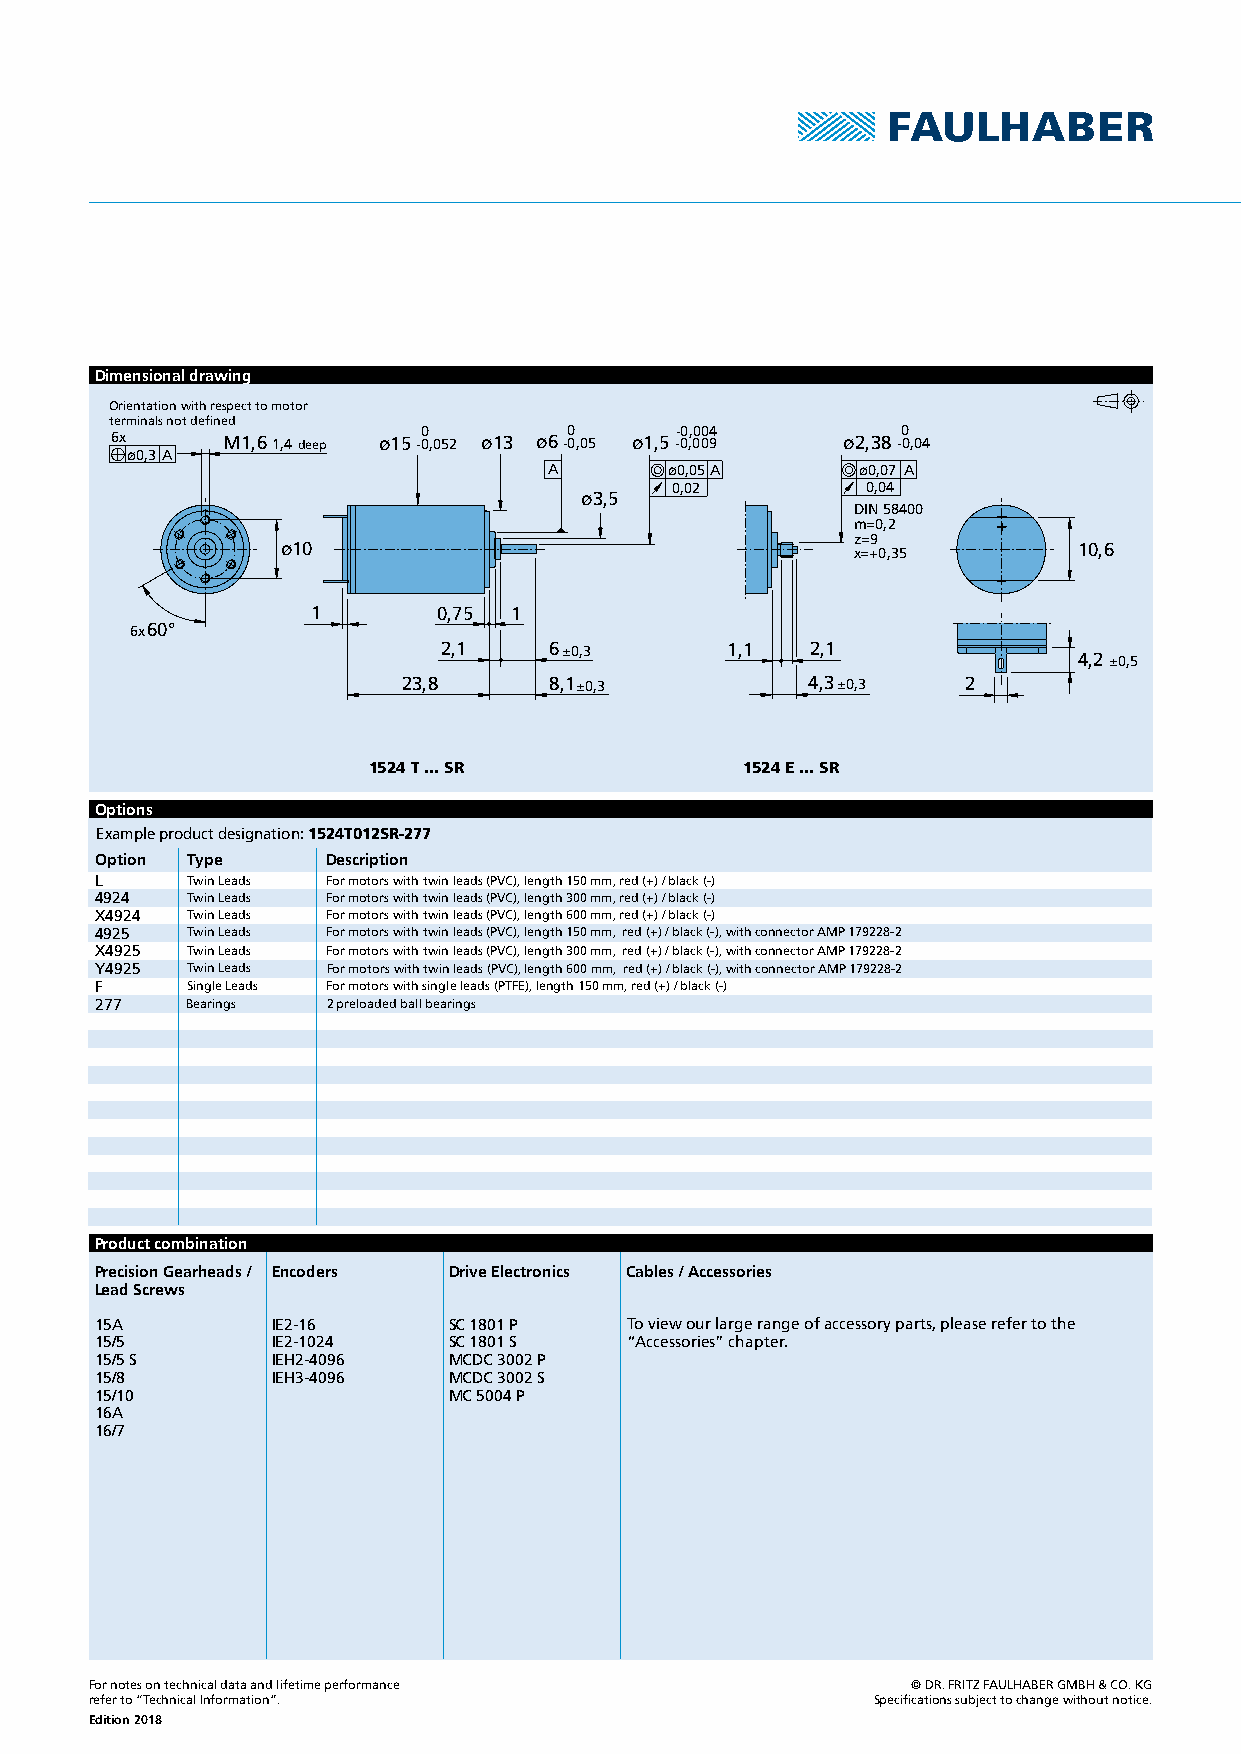
Dimensional drawing
 Orientation with respect to motor
 terminals not defined
 6x      M1,6 1,4deep ø15- 00 ,052 ø13 ø6- 0 0,05 ø1,5-- 00 ,, 00 00 94 ø2,38- 0 0,04
 ø0,3A
 A       ø0,05A       ø0,07 A
 0,02         0,04
 ø3,5
 DIN 58400
 m=0,2
 z=9
 ø10                                  x=+0,35        10,6
 1       0,75 1
 6x60°
 2,1    6±0,3       1,1   2,1
 4,2±0,5
 23,8     8,1±0,3          4,3±0,3    2
 1524 T ... SR            1524 E ... SR
 Options
 Example product designation:1524T012SR-277
 Option Type     Description
 L     Twin Leads For motors with twin leads (PVC), length 150 mm, red (+) / black (-)
 4924  Twin Leads For motors with twin leads (PVC), length 300 mm, red (+) / black (-)
 X492 4 Twin Leads For motors with twin leads (PVC), length 600 mm, red (+) / black (-)
 4925  Twin Leads For motors with twin leads (PVC), length 150 mm, red (+) / black (-), with connector AMP 179228-2
 X4925 Twin Leads For motors with twin leads (PVC), length 300 mm, red (+) / black (-), with connector AMP 179228-2
 Y4925 Twin Leads For motors with twin leads (PVC), length 600 mm, red (+) / black (-), with connector AMP 179228-2
 F     Single Leads For motors with single leads (PTFE), length 150 mm, red (+) / black (-)
 277   Bearings  2 preloaded ball bearings
 Product combination
 Precision Gearheads / Encoders Drive Electronics Cables / Accessories
 Lead Screws
 15A         IE2-16      SC 1801 P  To view our large range of accessory parts, please refer to the
 15/5        IE2-1024    SC 1801 S  “Accessories” chapter.
 15/5 S      IEH2-4096   MCDC 3002 P
 15/8        IEH3-4096   MCDC 3002 S
 15/10                   MC 5004 P
 16A
 16/7
 For notes on technical data and lifetime performance  © DR. FRITZ FAULHABER GMBH & CO. KG
 refer to “Technical Information”.                   Specifications subject to change without notice.
 Edition 2018